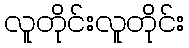
လူတိုင်းလူတိုင်း